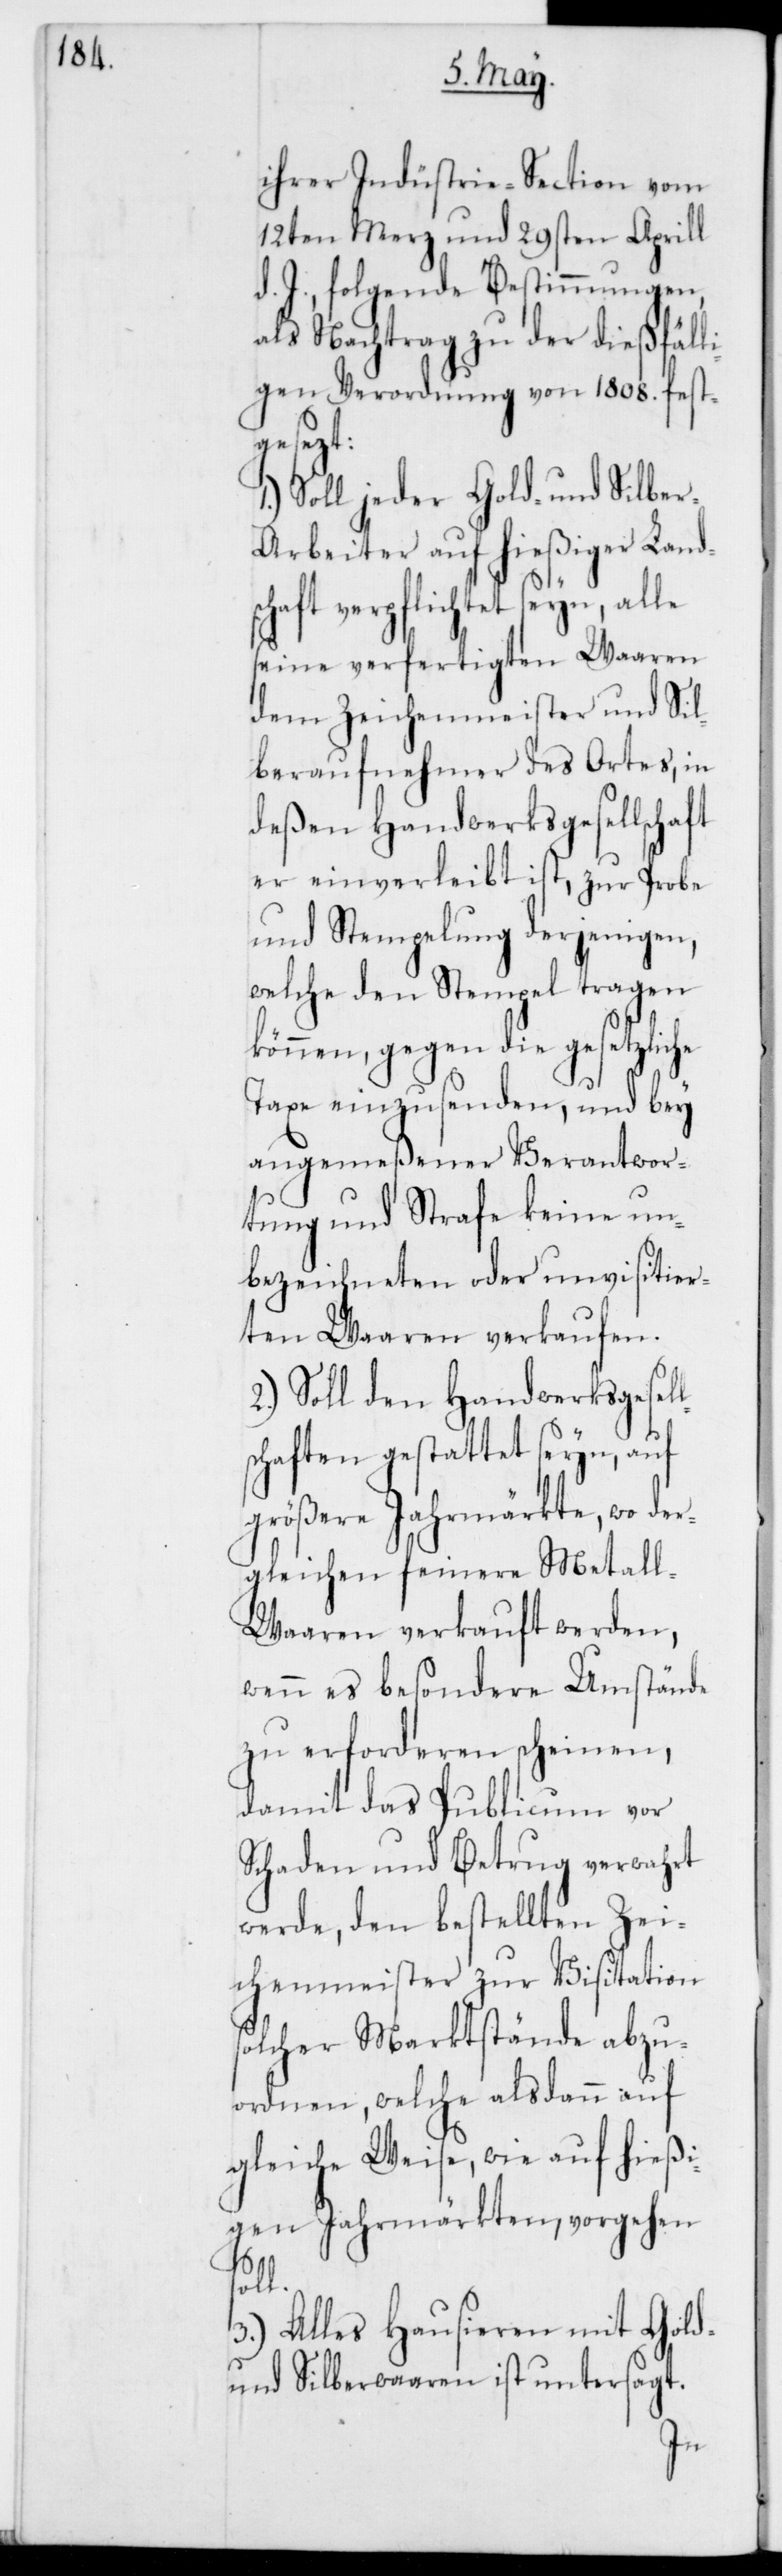
ihrer Industrie-Section vom
12ten Merz und 29sten Aprill
d. J., folgende Bestimmungen
als Nachtrag zu der dießfälli¬
gen Verordnung von 1808. fest¬
gesezt:
Soll jeder Gold- und Silbe¬
r-Arbeiter auf hießiger Land¬
schaft verpflichtet seyn, alle
seine verfertigten Waaren
dem Zeichenmeister und Sil¬
beraufnehmer des Ortes, in
deßen Handwerksgesellschaft
er einverleibt ist, zur Probe
und Stempelung derjenigen,
welche den Stempel tragen
önnen, gegen die gesetzlic¬
Taxe einzusenden, und bey
angemeßener Verantwor¬
tung und Strafe keine un¬
bezeichneten oder unvisitier¬
ten Waaren verkaufen.
2.) Soll den Handwerksgesel¬
chaften gestattet seyn, auf
größere Jahrmärkte, wo der¬
gleichen feinere Metal¬
l-Waaren verkauft werden,
wenn es besondere Umstände
zu erforderen scheinen,
damit das Publicum vor
Schaden und Betrug verwahrt
werde, den bestellten Zei¬
chenmeister zur Visitation
solcher Marktstände abzu¬
ordnen, welche alsdann auf
gleiche Weise, wie auf hießi¬
gen Jahrmärkten, vorgehen
soll.
3.) Alles Hausieren mit Gold-
und Silberwaaren ist untersagt.
he